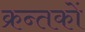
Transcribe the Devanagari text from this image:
क्रन्तकों